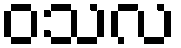
ဝသလ